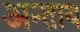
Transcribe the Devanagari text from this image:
अन्ताय